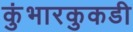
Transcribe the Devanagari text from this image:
कुंभारकुकडी